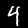
Label: 4